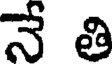
నే తి